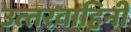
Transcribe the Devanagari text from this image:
उत्‍तरवाहिनी